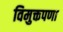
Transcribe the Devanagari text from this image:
विमुक्तपणा